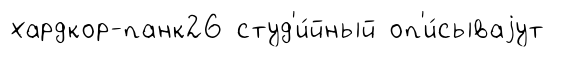
хардкор-панк26 студ'и́йный оп'и́сываjут